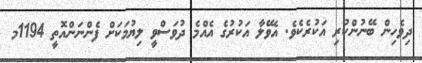
ދިވެހިން ބޭނުންކުރި އަކުރެކެވެ. އެވޭލާ އަކުރުގެ އެއްމެ ދުވަސްވީ ލިޔުމަކަށް ފެންނަންއޮތީ 1194މ